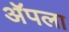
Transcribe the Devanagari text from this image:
अॅपला